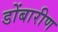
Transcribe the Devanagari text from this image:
डोंबारीण